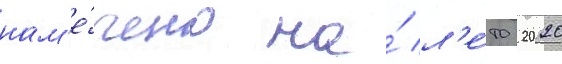
нам'е́чено на́ л'е́то 2020